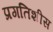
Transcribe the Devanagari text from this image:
प्रगतिशीस